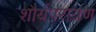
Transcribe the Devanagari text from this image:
शौर्यपरायण